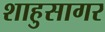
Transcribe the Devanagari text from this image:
शाहुसागर